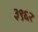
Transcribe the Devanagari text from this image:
३९६२